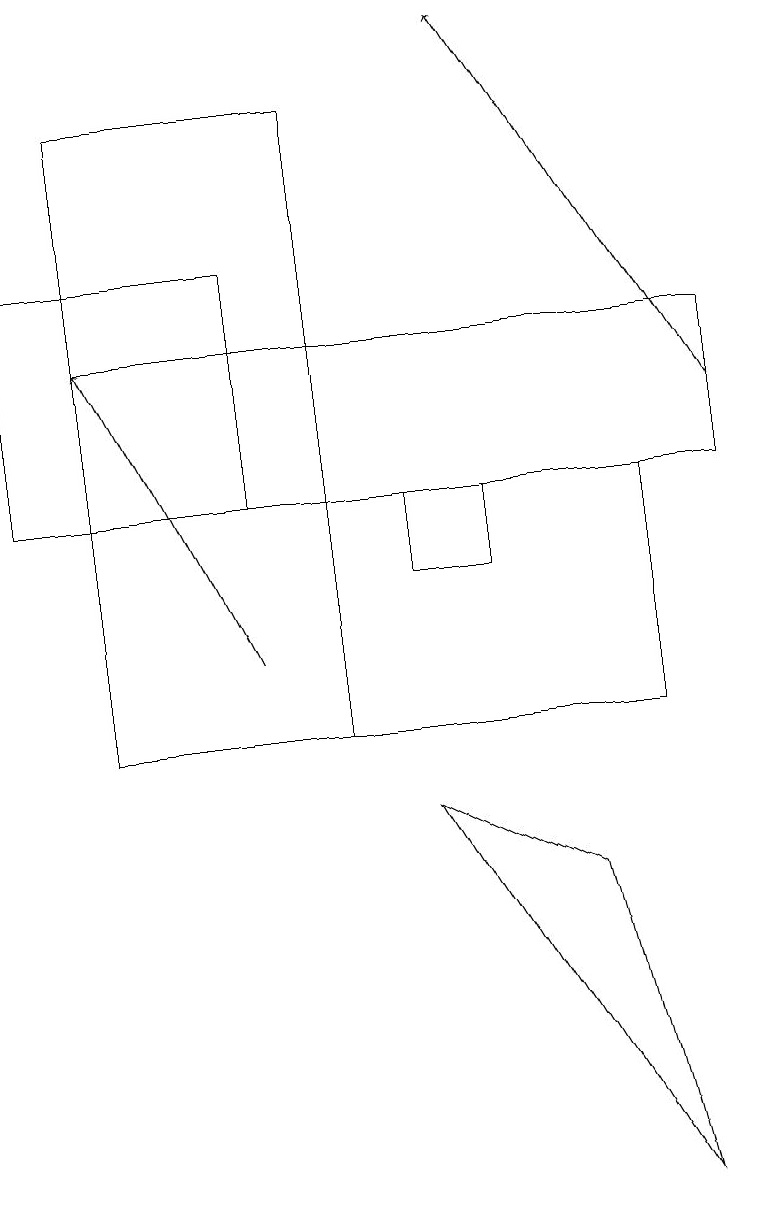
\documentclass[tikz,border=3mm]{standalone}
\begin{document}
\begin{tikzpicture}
\draw (8,4) -- (7,8) -- (5,9) -- cycle;
\draw (1,13) rectangle (9,15);
\draw (1,10) rectangle (8,13);
\draw (0,13) rectangle (3,16);
\draw (5,13) rectangle (6,12);
\draw[->] (3,11) -- (1,15);
\draw[->] (9,14) -- (6,19);
\draw (1,10) rectangle (4,18);
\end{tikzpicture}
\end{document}